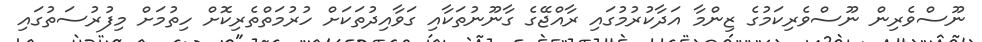
ނޫސްވެރިން ނޫސްވެރިކަމުގެ ޒިންމާ އަދާކުރުމުގައި ރާއްޖޭގެ ގާނޫނުތަކާއި ގަވާއިދުތަކަށް ހުރުމަތްތެރިކޮށް ހިތުމަށް މިފުރުސަތުގައި